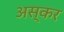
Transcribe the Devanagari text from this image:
अस्कर